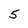
Character: 5